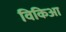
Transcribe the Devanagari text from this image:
विकिआ